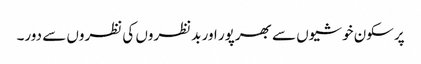
پرسکون خوشیوں سے بھرپور اور بدنظروں کی نظروں سے دور۔